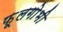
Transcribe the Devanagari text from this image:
फ़ूलगोभी